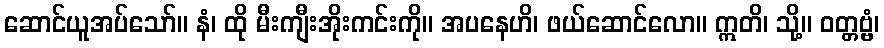
ဆောင်ယူအပ်သော်။ နံ၊ ထို မီးကျီးအိုးကင်းကို။ အပနေဟိ၊ ဖယ်ဆောင်လော။ ဣတိ၊ သို့။ ဝတ္တဗ္ဗံ၊